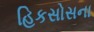
હિકસોસના